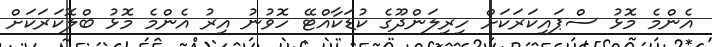
އެންމެ މޮޅު ސްޕައިކަރަކަށް ހިރިލަންދޫގެ ކުޑަކާއްޓޭ ހޮވުނު އިރު އެންމެ މޮޅު ބްލޮކަރަކަށް